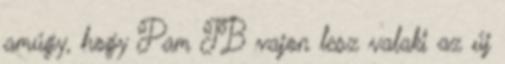
amúgy, hogy Pam TB vajon lesz valaki az új